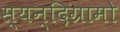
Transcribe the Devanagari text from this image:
स्यन्दिग्रामो